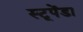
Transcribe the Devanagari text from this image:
स्टूपेंडा